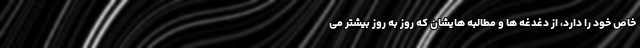
خاص خود را دارد، از دغدغه ها و مطالبه هایشان که روز به روز بیشتر می